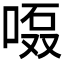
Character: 𱓘